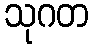
သုဂတ